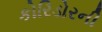
કોરિડોરની